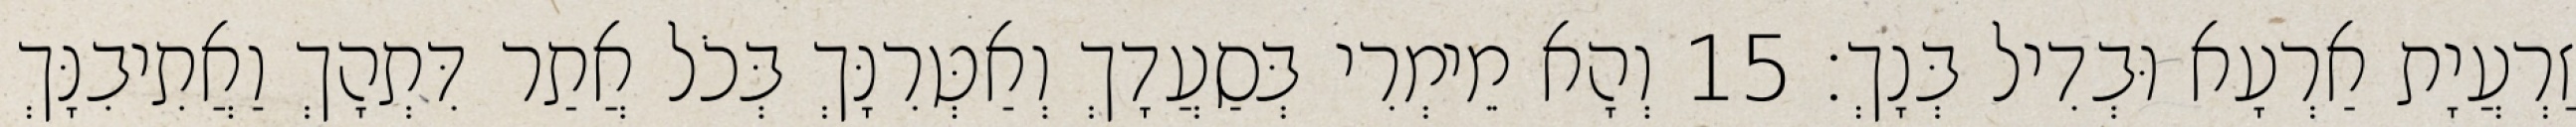
זַרְעֲיָת אַרְעָא וּבְדִיל בְּנָךְ׃ 15 וְהָא מֵימְרִי בְּסַעֲדָךְ וְאַטְּרִנָּךְ בְּכֹל אֲתַר דִּתְהָךְ וַאֲתִיבִנָּךְ